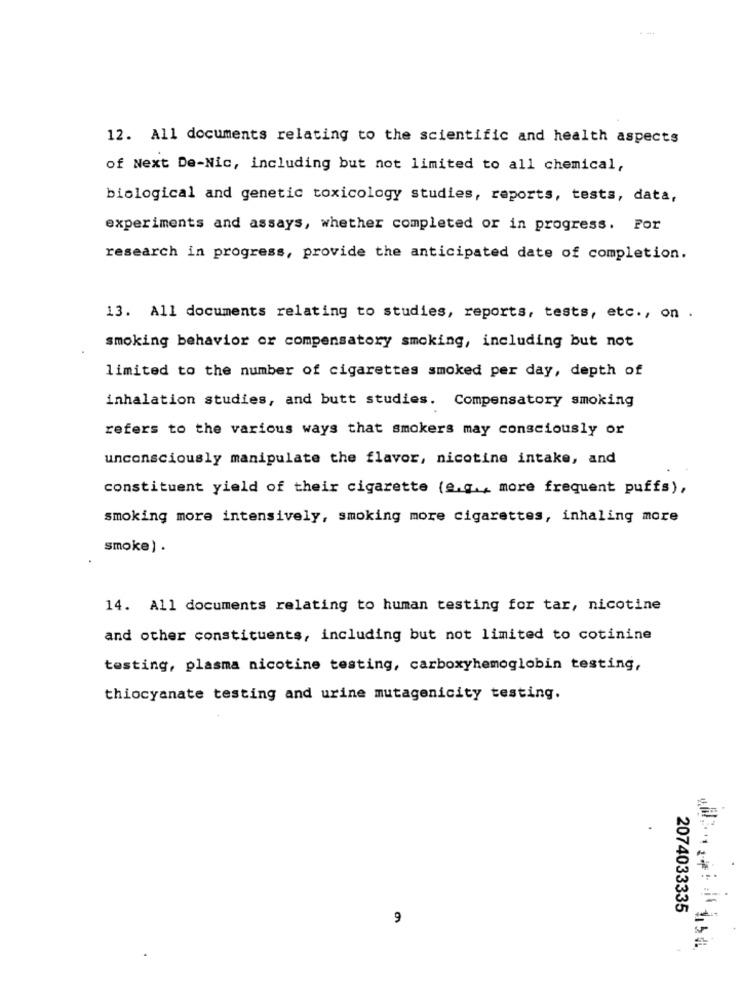
--..
12. All documents relating to the scientific and health aspects
of Next De-Nic, including but not limited to all chemical,
biological and genetic toxicology studies, reports, tests, data,
experiments and assays, whether completed or in progress. For
research in progress, provide the anticipated date of completion.
13. All documents relating to studies, reports, tests, etc ., on .
smoking behavior or compensatory smoking, including but not
limited to the number of cigarettes smoked per day, depth of
inhalation studies, and butt studies. Compensatory smoking
refers to the various ways that smokers may consciously or
unconsciously manipulate the flavor, nicotine intake, and
constituent yield of their cigarette (e.g ., more frequent puffs) ,
smoking more intensively, smoking more cigarettes, inhaling more
smoke) .
14. All documents relating to human testing for tar, nicotine
and other constituents, including but not limited to cotinine
testing, plasma nicotine testing, carboxyhemoglobin testing,
thiocyanate testing and urine mutagenicity testing.
2074033335
9